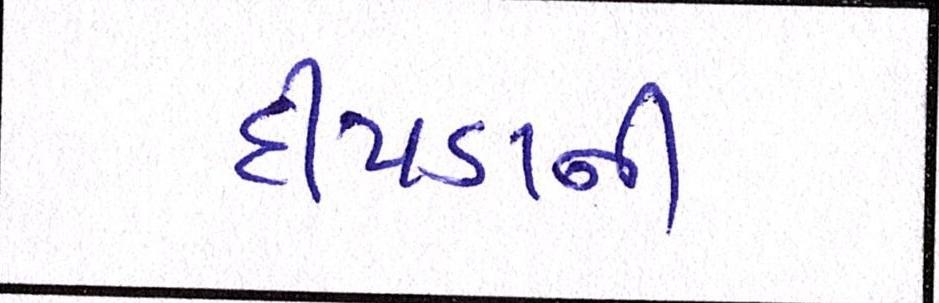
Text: દીપડાના